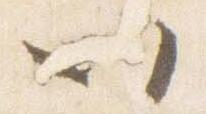
以